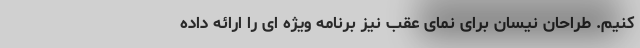
کنیم. طراحان نیسان برای نمای عقب نیز برنامه ویژه ای را ارائه داده